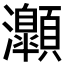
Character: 𤅡